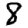
Digit: 8